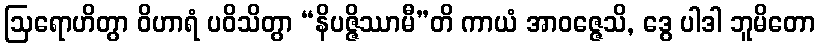
ဩရောဟိတွာ ဝိဟာရံ ပဝိသိတွာ “နိပဇ္ဇိဿာမီ”တိ ကာယံ အာဝဇ္ဇေသိ, ဒွေ ပါဒါ ဘူမိတော